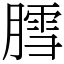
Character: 膤